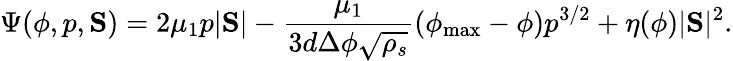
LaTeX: \Psi(\phi,p,\mathrm{\mathbf S})=2\mu_{1}p|\mathrm{\mathbf S}|-\frac{\mu_{1}}{3d\Delta\phi\sqrt{\rho_{s}}}(\phi_{\mathrm{max}}-\phi)p^{3/2}+\eta(\phi)|\mathrm{\mathbf S}|^{2}.